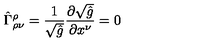
\hat { \Gamma } _ { \rho \nu } ^ { \rho } = \frac { 1 } { \sqrt { \hat { g } } } \frac { \partial \sqrt { \hat { g } } } { \partial x ^ { \nu } } = 0